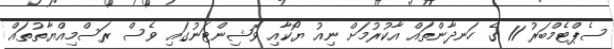
ސެޕްޓެމްބަރު 11 ގެ ހަނދާންތައް އާކުރުމަށް ނިއު ޔޯކާއި ވޮޝިންޓަނުގައި ވެސް ރަސްމިއްޔާތުތައް